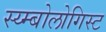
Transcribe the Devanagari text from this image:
स्य्म्बोलोगिस्ट